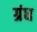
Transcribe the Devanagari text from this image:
ग्रंध